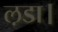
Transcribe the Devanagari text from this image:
ल़डा।